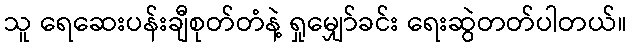
သူ ရေဆေးပန်းချီစုတ်တံနဲ့ ရှုမျှော်ခင်း ရေးဆွဲတတ်ပါတယ်။